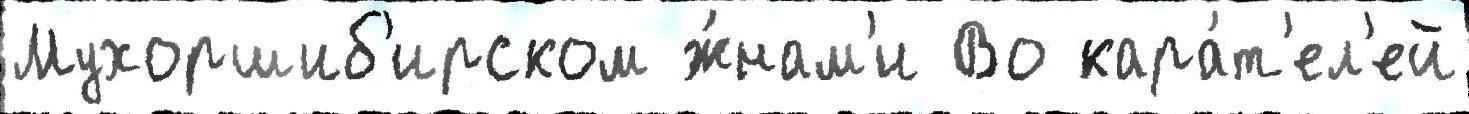
Мухоршиб'ирском ж́нам'и Во кара́т'ел'ей